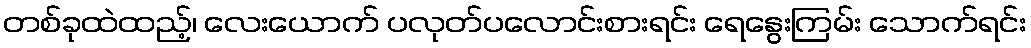
တစ်ခုထဲထည့်၊ လေးယောက် ပလုတ်ပလောင်းစားရင်း ရေနွေးကြမ်း သောက်ရင်း